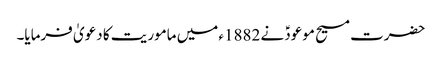
حضرت مسیح موعودؑ نے 1882ء میں ماموریت کا دعویٰ فرمایا۔